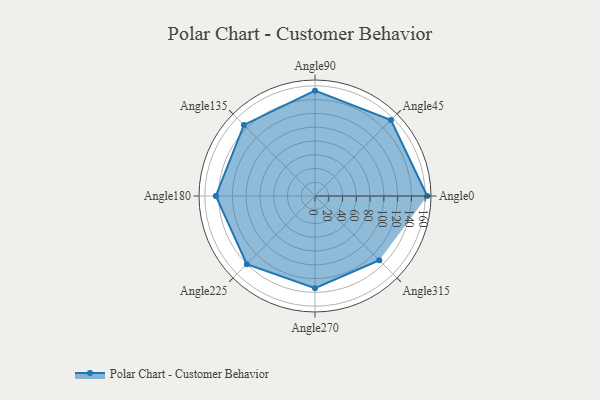
{"axis": {"x": "Angle", "y": "Radius"}, "legend": [""], "data": [{"x": "Angle0", "y": 163.0, "type": ""}, {"x": "Angle45", "y": 156.0, "type": ""}, {"x": "Angle90", "y": 153.0, "type": ""}, {"x": "Angle135", "y": 146.0, "type": ""}, {"x": "Angle180", "y": 144.0, "type": ""}, {"x": "Angle225", "y": 140.0, "type": ""}, {"x": "Angle270", "y": 134.0, "type": ""}, {"x": "Angle315", "y": 132.0, "type": ""}]}